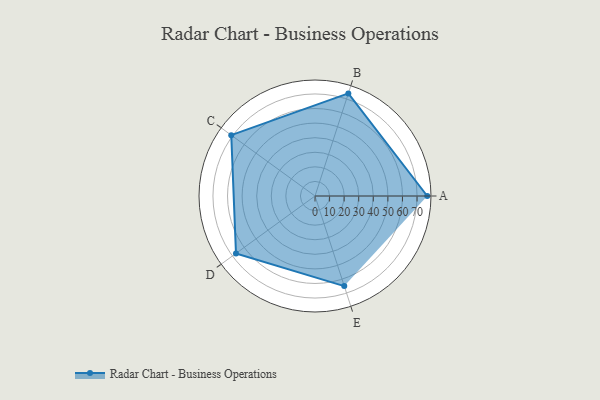
{"axis": {"x": "Skill", "y": "Score"}, "legend": ["Profile"], "data": [{"x": "A", "y": 77.0, "type": "Profile"}, {"x": "B", "y": 74.0, "type": "Profile"}, {"x": "C", "y": 71.0, "type": "Profile"}, {"x": "D", "y": 67.0, "type": "Profile"}, {"x": "E", "y": 65.0, "type": "Profile"}]}